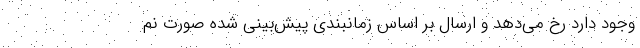
وجود دارد رخ می‌دهد و ارسال بر اساس زمانبندی پیش‌بینی شده صورت نم